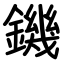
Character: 鐖